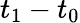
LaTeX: t_{1}-t_{0}